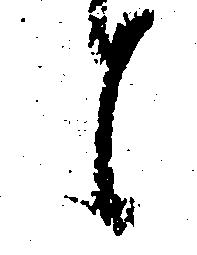
候